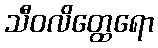
သီဝလိတ္ထေရော